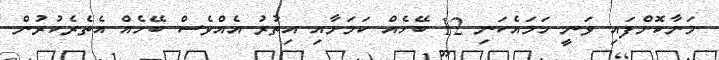
މަނާކޮށްފައި ވަނީ ހަމައެކަނި 12 ބޭހެއް ކަމަށާއި އިތުރު އެއްވެސް ބޭހެއް އެތެރެކުރުން